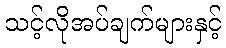
သင့်လိုအပ်ချက်များနှင့်